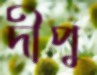
দীপু